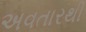
અવતારથી